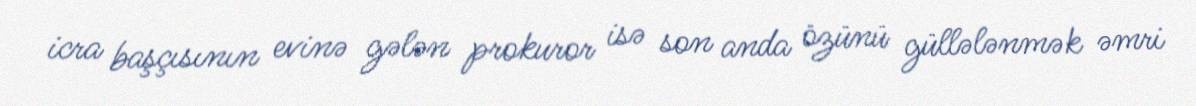
icra başçısının evinə gələn prokuror isə son anda özünü güllələnmək əmri